Scottish Leaving Certificate Examination, 1957
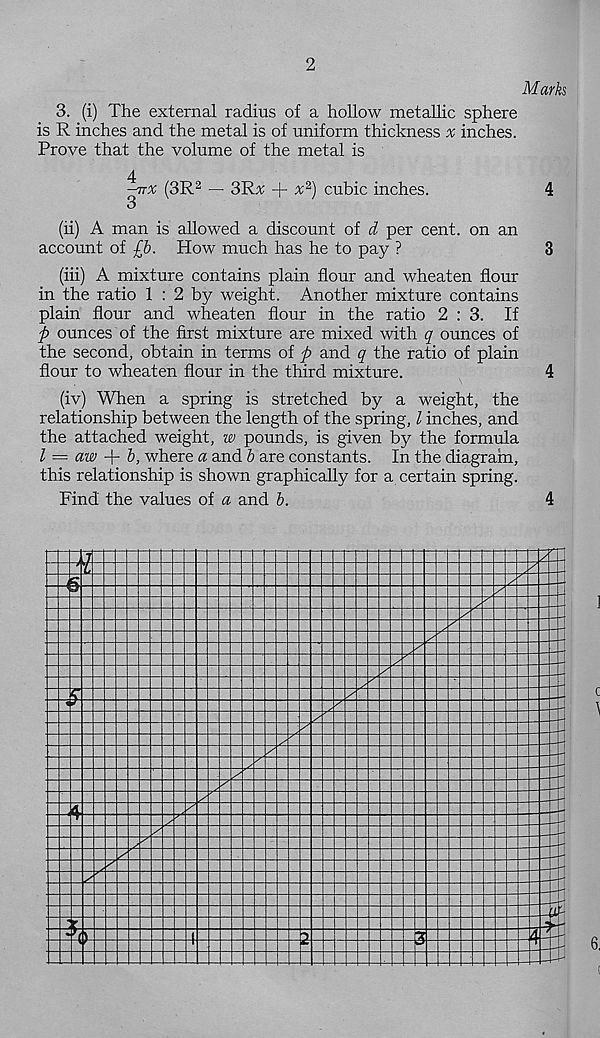
2
Marks
3. (i) The external radius of a hollow metallic sphere
is R inches and the metal is of uniform thickness % inches.
Prove that the volume of the metal is
^nx (3R 2 — 3Kx + x 2 ) cubic inches.
4
3
(ii) A man is allowed a discount of d per cent, on an
account of £b. How much has he to pay ?
3
(iii) A mixture contains plain flour and wheaten flour
in the ratio 1 : 2 by weight. Another mixture contains
plain flour and wheaten flour in the ratio 2:3. If
p ounces of the first mixture are mixed with q ounces of
the second, obtain in terms of p and q the ratio of plain
flour to wheaten flour in the third mixture.
4
(iv) When a spring is stretched by a weight, the
relationship between the length of the spring, l inches, and
the attached weight, w pounds, is given by the formula
l = aw -p b, where a and b are constants. In the diagram,
this relationship is shown graphically for a certain spring.
Find the values of a and b.
4